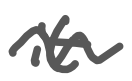
Text: it
Cross-out: wave
Writing tool: digital_gray